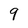
Character: 9